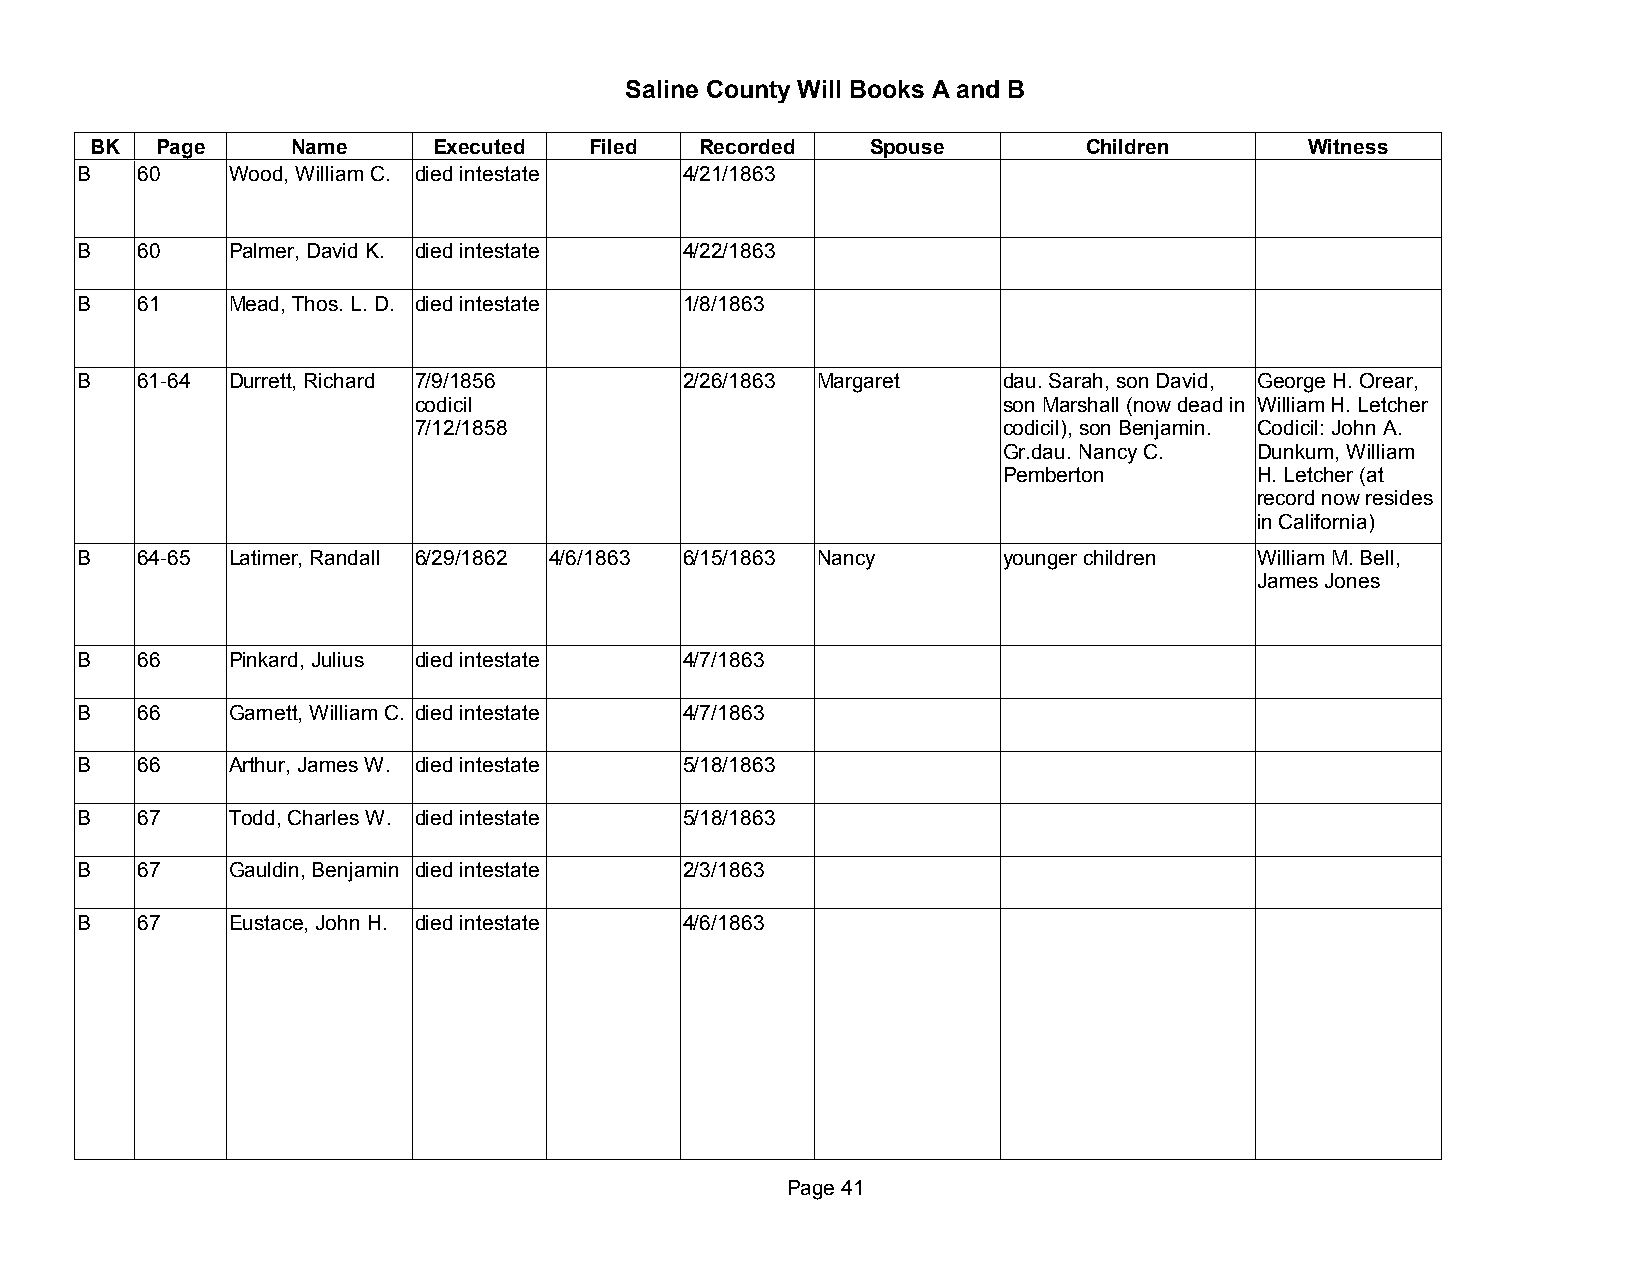
Saline County Will Books A and B
 BK  Page     Name      Executed  Filed  Recorded    Spouse        Children       Witness
 B   60    Wood, William C. died intestate 4/21/1863
 B   60    Palmer, David K. died intestate 4/22/1863
 B   61    Mead, Thos. L. D. died intestate 1/8/1863
 B   61-64 Durrett, Richard 7/9/1856     2/26/1863 Margaret   dau. Sarah, son David, George H. Orear,
 codicil                                son Marshall (now dead in William H. Letcher
 7/12/1858                              codicil), son Benjamin. Codicil: John A.
 Gr.dau. Nancy C. Dunkum, William
 Pemberton        H. Letcher (at
 record now resides
 in California)
 B   64-65 Latimer, Randall 6/29/1862 4/6/1863 6/15/1863 Nancy younger children William M. Bell,
 James Jones
 B   66    Pinkard, Julius died intestate 4/7/1863
 B   66    Garnett, William C. died intestate 4/7/1863
 B   66    Arthur, James W. died intestate 5/18/1863
 B   67    Todd, Charles W. died intestate 5/18/1863
 B   67    Gauldin, Benjamin died intestate 2/3/1863
 B   67    Eustace, John H. died intestate 4/6/1863
 Page 41